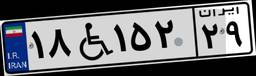
۳۷W۶۰۹۱۷